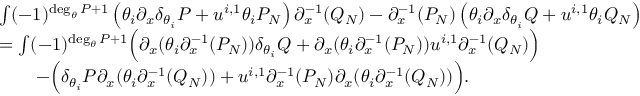
\begin{array} { r l } & { \int ( - 1 ) ^ { \deg _ { \theta } P + 1 } \left( \theta _ { i } \partial _ { x } { \delta } _ { \theta _ { i } } P + u ^ { i , 1 } \theta _ { i } P _ { N } \right) \partial _ { x } ^ { - 1 } ( Q _ { N } ) - \partial _ { x } ^ { - 1 } ( P _ { N } ) \left( \theta _ { i } \partial _ { x } { \delta } _ { \theta _ { i } } Q + u ^ { i , 1 } \theta _ { i } Q _ { N } \right) } \\ & { = \int ( - 1 ) ^ { \deg _ { \theta } P + 1 } \Big ( \partial _ { x } ( \theta _ { i } \partial _ { x } ^ { - 1 } ( P _ { N } ) ) { \delta } _ { \theta _ { i } } Q + \partial _ { x } ( \theta _ { i } \partial _ { x } ^ { - 1 } ( P _ { N } ) ) u ^ { i , 1 } \partial _ { x } ^ { - 1 } ( Q _ { N } ) \Big ) } \\ & { \qquad - \Big ( { \delta } _ { \theta _ { i } } P \partial _ { x } ( \theta _ { i } \partial _ { x } ^ { - 1 } ( Q _ { N } ) ) + u ^ { i , 1 } \partial _ { x } ^ { - 1 } ( P _ { N } ) \partial _ { x } ( \theta _ { i } \partial _ { x } ^ { - 1 } ( Q _ { N } ) ) \Big ) . } \end{array}